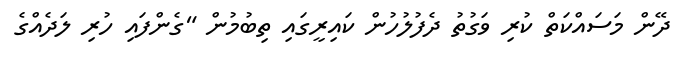
ދޭން މަސައްކަތް ކުރި ވަގުތު ދެފުލުހުން ކައިރީގައި ތިބުމުން "ގެންފައި ހުރި ލަދެއްގެ